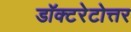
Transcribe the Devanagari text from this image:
डॉक्टरेटोत्तर